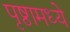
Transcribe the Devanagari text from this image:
पृष्ठामध्ये